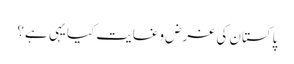
پاکستان کی غرض وغایت کیا یہی ہے؟